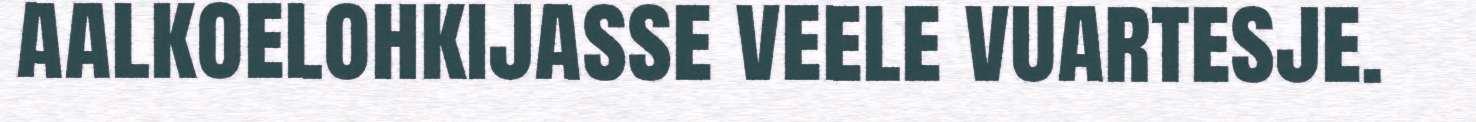
aalkoelohkijasse veele vuartesje.